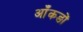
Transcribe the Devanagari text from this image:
आँकङों